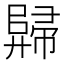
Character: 𲉕